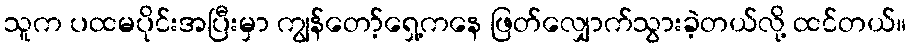
သူက ပထမပိုင်းအပြီးမှာ ကျွန်တော့်ရှေ့ကနေ ဖြတ်လျှောက်သွားခဲ့တယ်လို့ ထင်တယ်။